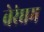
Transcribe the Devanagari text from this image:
वेरंघम